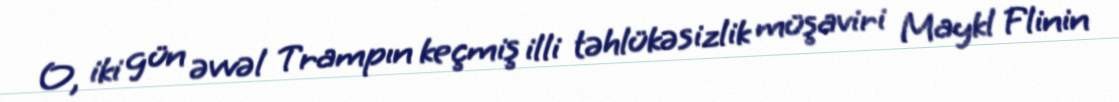
O, iki gün əvvəl Trampın keçmiş illi təhlükəsizlik müşaviri Maykl Flinin